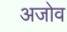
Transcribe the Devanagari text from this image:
अजोव